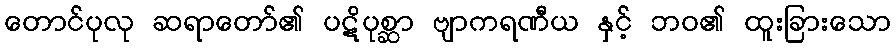
တောင်ပုလု ဆရာတော်၏ ပဋိပုစ္ဆာ ဗျာကရဏီယ နှင့် ဘဝ၏ ထူးခြားသော